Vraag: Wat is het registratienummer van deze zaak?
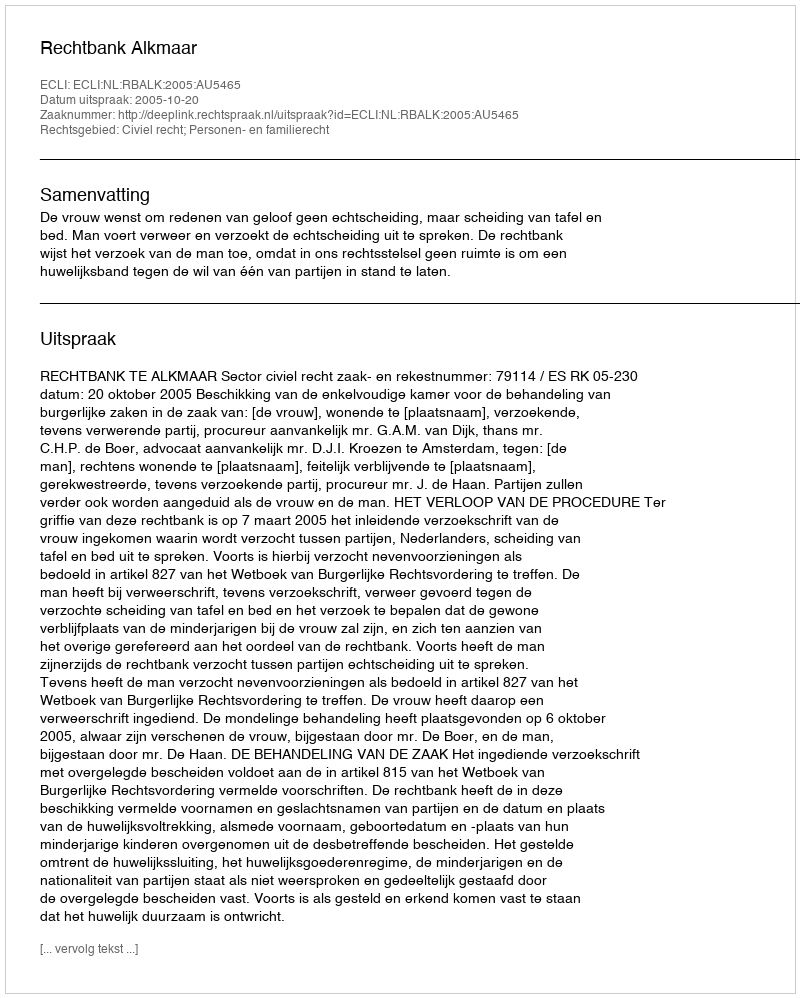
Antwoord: http://deeplink.rechtspraak.nl/uitspraak?id=ECLI:NL:RBALK:2005:AU5465